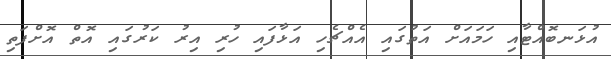
އުޅަނބޮއްޓާއި ހަމައަށް އަތުގައި އެއްޗެހި އަޅާފައި ހުރި އިރު ކަރުގައި އޮތް އޮށްފަތި